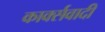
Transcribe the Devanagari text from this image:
कार्क्सवादी